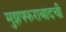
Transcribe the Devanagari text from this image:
मुझफ्फराबादची